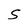
Character: S